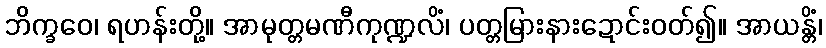
ဘိက္ခဝေ၊ ရဟန်းတို့။ အာမုတ္တမဏီကုဏ္ဍလိံ၊ ပတ္တမြားနားဍောင်းဝတ်၍။ အာယန္တိံ၊